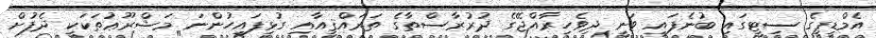
އެމްޑީޕީގެ ސިޓީގައި ބުނެފައި ވަނީ ދިވެހިރާއްޖޭގެ ދުރުރާސްތާގެ ތަރައްޤީއާއި ގުޅިފައިހުންނަ މަޝްރޫޢުތަކަކީ ދެފުށް